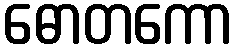
ဓောတကော